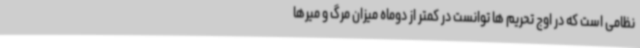
نظامی است که در اوج تحریم ها توانست در کمتر از دوماه میزان مرگ و میرها